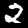
Digit: 2